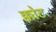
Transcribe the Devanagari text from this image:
क्कोट